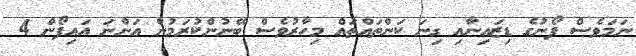
ނަމަވެސް ފޯނުގެ ޑިޒައިނާއި ގިނަ ކަންތައްތައް މިހާރުވެސް ބޭނުންކުރަމުން އަންނަ އައިފޯން 4